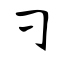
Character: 刁